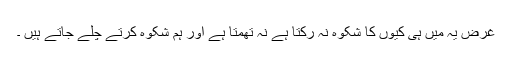
غرض یہ میں ہی کیوں کا شکوہ نہ رکتا ہے نہ تھمتا ہے اور ہم شکوہ کرتے چلے جاتے ہیں ۔